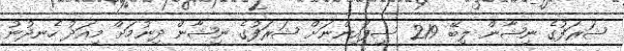
ޝަރަފުގެ ނިޝާން ލިބޭ 219 ސިފައިންނަށް ޝަރަފުގެ ނިޝާން ދިނުމަށް މިއަދު ހެނދުނު